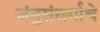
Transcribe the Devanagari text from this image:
जंतुसंसर्गाचे